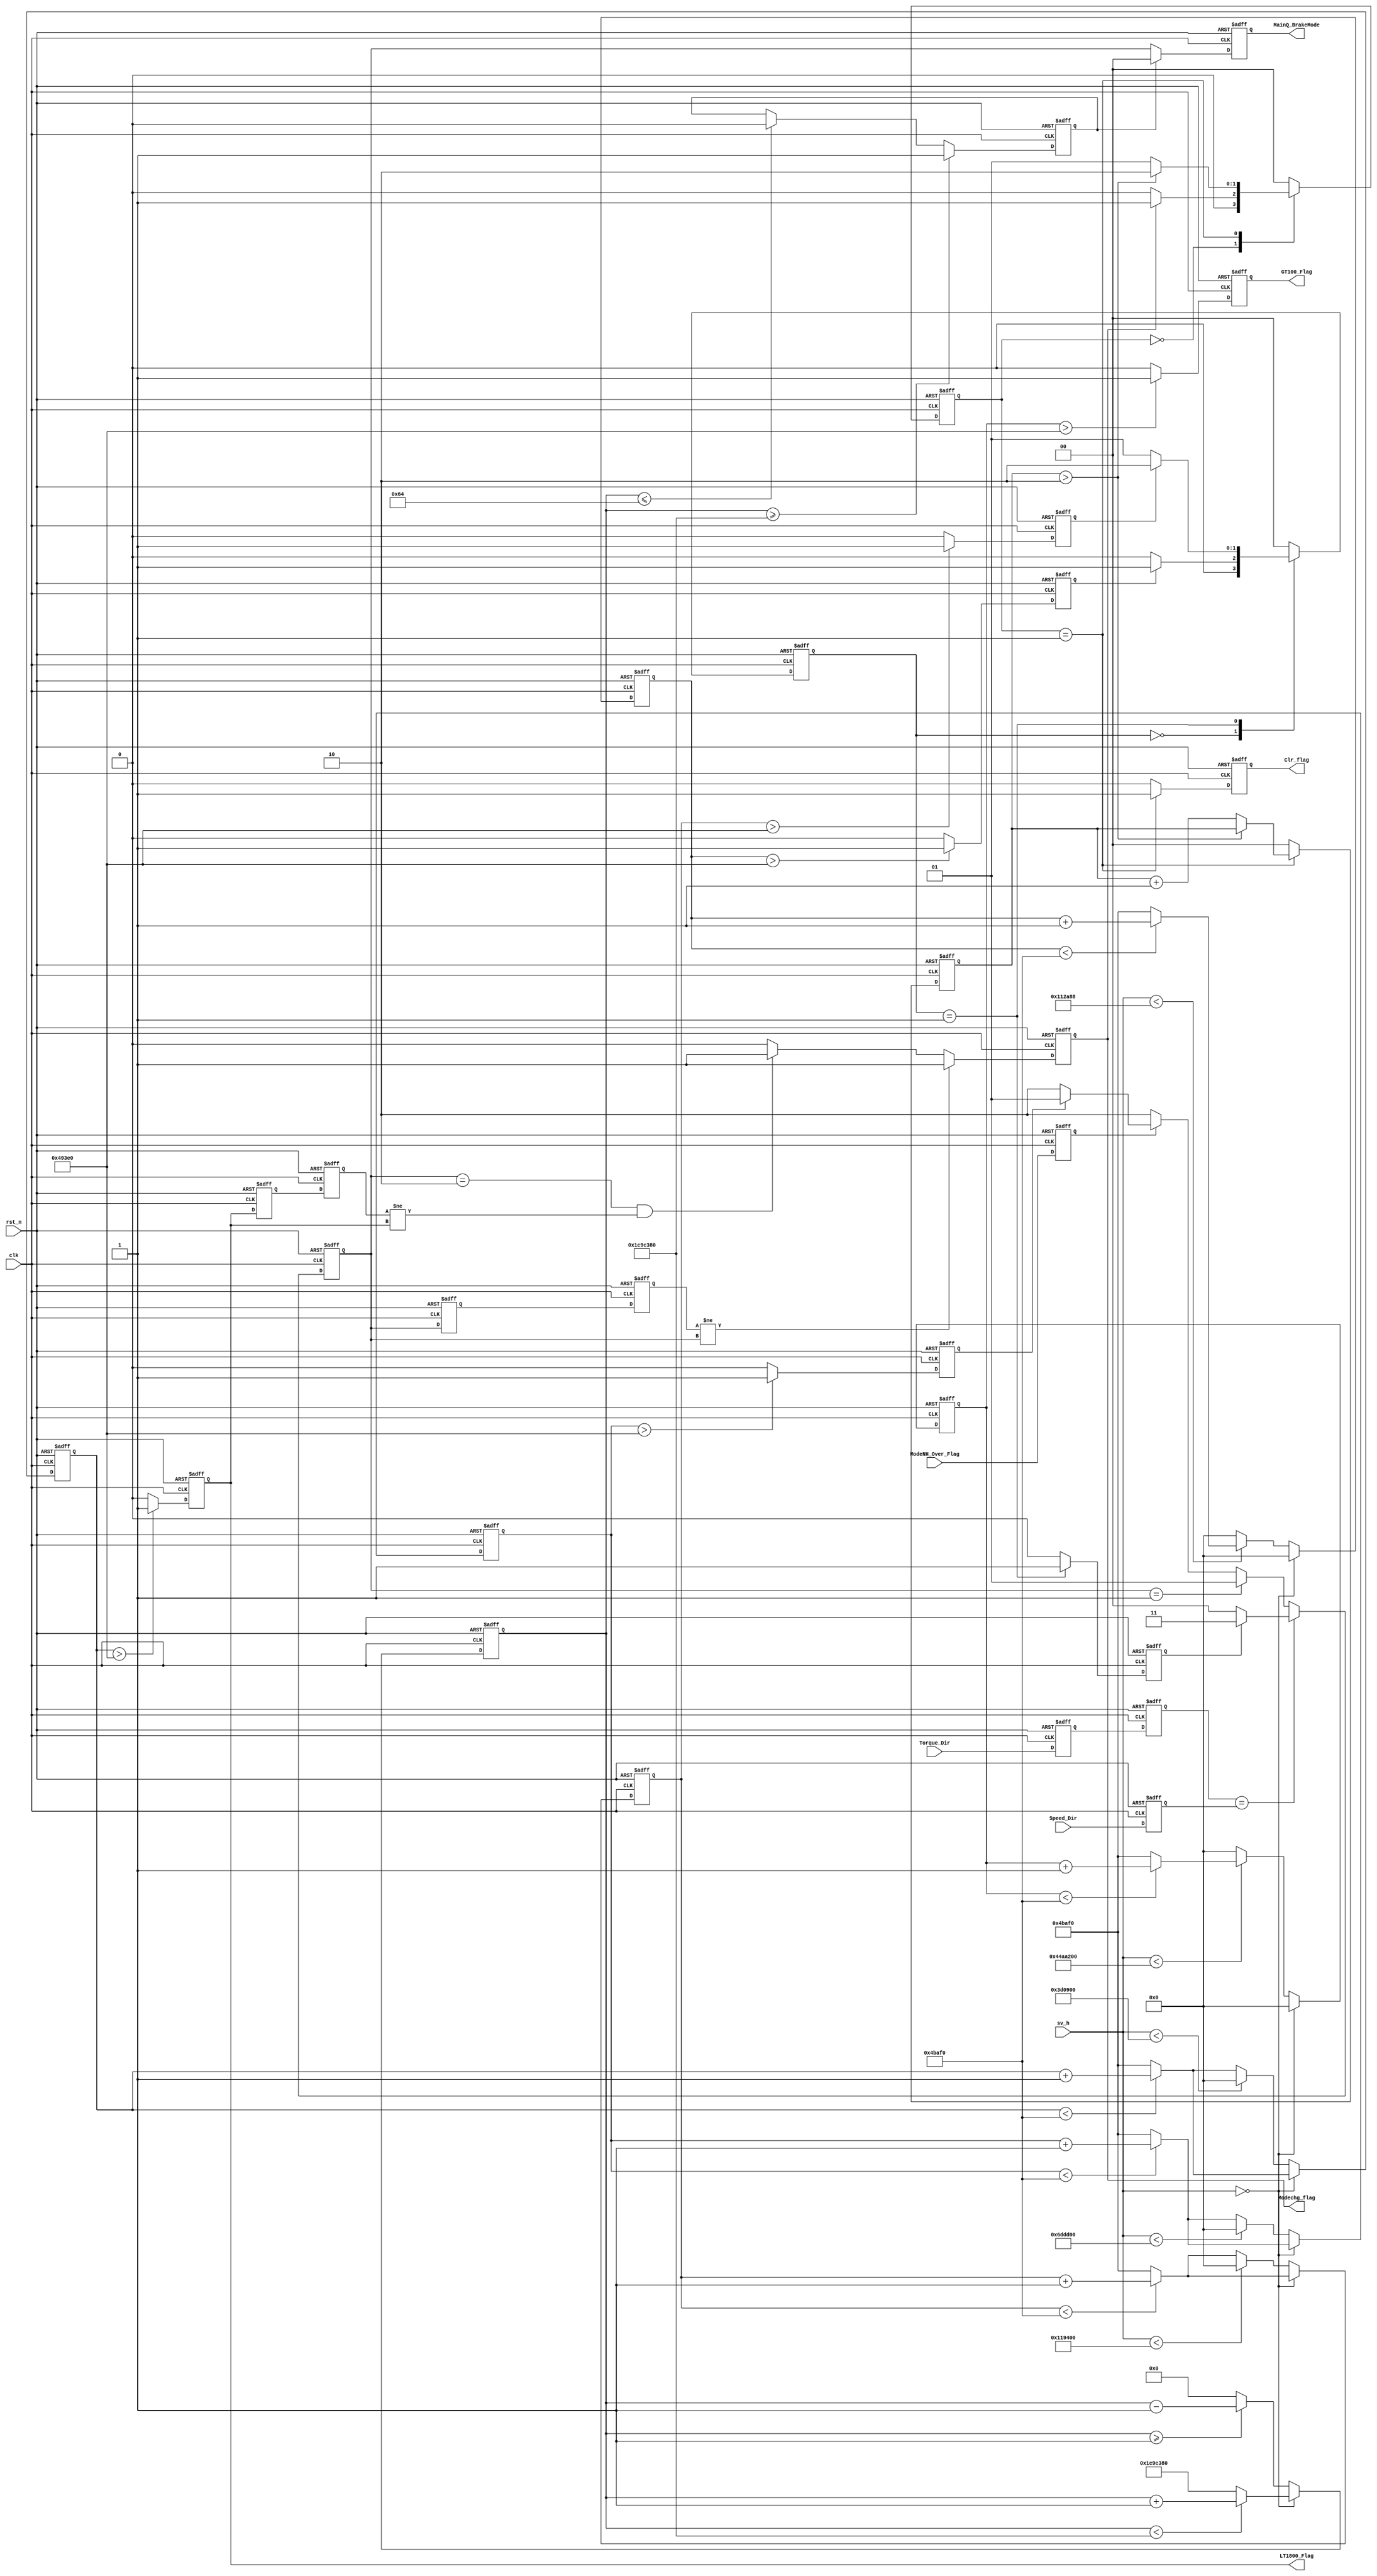
`timescale 1ns / 1ps
//////////////////////////////////////////////////////////////////////////////////
// Company: 
// Engineer: 
// 
// Design Name: 
// Module Name:    Mode_Control 
// Project Name: 
// Target Devices: 
// Tool versions: 
// Description: 
//
// Dependencies: 
//
// Revision: 
// Revision 0.01 - File Created
// Additional Comments: 
//
//////////////////////////////////////////////////////////////////////////////////
module Mode_Control(clk,rst_n,Torque_Dir,Speed_Dir,sv_h,LT1800_Flag,
    GT100_Flag,MainQ_BrakeMode,Clr_flag,Modechg_flag,ModeNH_Over_Flag);
input clk,rst_n,Torque_Dir,Speed_Dir,ModeNH_Over_Flag;
input [31:0]sv_h;
output LT1800_Flag,Clr_flag,GT100_Flag,Modechg_flag;
output reg [1:0]MainQ_BrakeMode;


//////////////////////////////////////////////////////////////////////
//////////////.............. BrakeMode..............//////////////////
//////////////////////////////////////////////////////////////////////


wire Torque_Dir;    //dsp-->this module
reg Torque_Dir_r1;
reg Torque_Dir_r2;
wire Speed_Dir;     // SM module-->this module
reg Speed_Dir_r;    // Main determination
reg ModeNH_Over_Flag_r;



always @ (posedge clk or negedge rst_n)
  if(!rst_n)
    begin
      Torque_Dir_r1  <= 1'b0;
      Torque_Dir_r2  <= 1'b0;
      Speed_Dir_r <= 1'b0;
      ModeNH_Over_Flag_r <= 1'b0;
    end
  else
    begin
      Torque_Dir_r1 <=Torque_Dir;
      Torque_Dir_r2 <=Torque_Dir_r1;
      Speed_Dir_r <=Speed_Dir;   //update SM speed dir
      ModeNH_Over_Flag_r <= ModeNH_Over_Flag;
  end

reg EQ0_Flag;
reg [27:0] EQ0_Cnt;


reg LT1800_Flag;     //Speed value is less than 1800r/s and stay more than 10ms 
reg [19:0] LT1800_Cnt;

reg LT950_Flag;     //Speed value is less than 950r/s and stay more than 10ms 
reg GT100_Flag;
    

reg [19:0] LT950_Cnt; 
reg [19:0] GT100_Cnt; 

reg LT6250_Flag;     //Speed value is less than 6250r/s and stay more than 10ms  
reg [19:0] LT6250_Cnt; 

reg GT6400_Flag;     //Speed value is greater than 6400r/s and stay more than 10ms 
reg [19:0] GT6400_Cnt; 
  
///*******for firsrt time,after 33.3ms(1000000),EQ0_Flag=1********************/// 
///*******if speed not 0, after 1s(30000000),EQ0_Flag=0********************/// 
///*******after start the motor,EQ0_Flag will normally be 0*******************/// 
always @ (posedge clk or negedge rst_n)
  if(!rst_n)
    begin
    EQ0_Cnt  <= 28'd29000000;   
    end
    else if(sv_h == 32'd0) 
    begin 
    if(EQ0_Cnt < 28'd30000000)
        EQ0_Cnt <= EQ0_Cnt + 1'b1;
    else  EQ0_Cnt <= 28'd30000000; 
  end
  else
    begin 
    if(EQ0_Cnt >= 28'd1)
        EQ0_Cnt <= EQ0_Cnt - 1'b1;
    else  EQ0_Cnt <= 28'd0; 
  end
always @ (posedge clk or negedge rst_n)
  if(!rst_n)
   begin
    EQ0_Flag  <= 1'b0;
   end
 else if(EQ0_Cnt >= 28'd30000000)
    EQ0_Flag  <= 1'b1;
 else if(EQ0_Cnt <= 28'd100)
    EQ0_Flag  <= 1'b0;  


    
//////////////////////////////////////////////////////////////////////
//////////////.......... Speed determination .........////////////////
//////////////.......... 300000=10ms .........////////////////
///////if 6pole, r*j=f*10/3 if 10pole ,r*j=f*2(j=speed_value,f=fclock) /////////
  
always @ (posedge clk or negedge rst_n)
  if(!rst_n)
  LT1800_Cnt  <= 20'b0;
  else if(sv_h == 32'd0)   
    begin
    if(LT1800_Cnt < 20'd310000)
      LT1800_Cnt <= LT1800_Cnt + 1'b1;
    else
      LT1800_Cnt <= 20'd310000;
  end 
  else if(sv_h < 32'd4000000)  ///if speed>1800, LT1800_Flag=0***6pole
  LT1800_Cnt <= 0 ;
  else
    begin
      if(LT1800_Cnt < 20'd310000)  ///if 0<speed<2200, after 10ms, LT1800_Flag=1
      LT1800_Cnt <= LT1800_Cnt + 1'b1;
    else
      LT1800_Cnt <= 20'd310000;
    end 
   
always @ (posedge clk or negedge rst_n)
  if(!rst_n)
  LT1800_Flag  <= 1'b0;
  else if(LT1800_Cnt > 20'd300000)
  LT1800_Flag <= 1'b1 ;
  else   
  LT1800_Flag <= 1'b0 ;  
   
//////////////////////////////////////////////////////////////
  
always @ (posedge clk or negedge rst_n)
  if(!rst_n)
  LT950_Cnt  <= 20'b0;
  else if(sv_h == 32'd0) 
    begin
    if(LT950_Cnt < 20'd310000)
      LT950_Cnt <= LT950_Cnt + 1'b1;
    else
      LT950_Cnt <= 20'd310000;
    end 
//  else if(sv_h < 32'd9600000)  ///if speed>750, LT950_Flag=0***6pole
  else if(sv_h < 32'd7200000)  ///if speed>1000, LT950_Flag=0***6pole
    begin
    LT950_Cnt <= 0 ;
  end
  else
    begin
      if(LT950_Cnt < 20'd310000)     ///if 0<speed<900, after 10ms, LT950_Flag=1
      LT950_Cnt <= LT950_Cnt + 1'b1;
    else
      LT950_Cnt <= 20'd310000;
    end 

     
always @ (posedge clk or negedge rst_n)
  if(!rst_n)
  LT950_Flag  <= 1'b0;
 else if(LT950_Cnt > 20'd300000 )
    LT950_Flag <= 1'b1 ;
 else    
    LT950_Flag <= 1'b0 ;  


 /**********************************************************/ 
always @ (posedge clk or negedge rst_n)
  if(!rst_n)
  GT100_Cnt  <= 20'b0;
  else if(sv_h == 32'd0) 
  GT100_Cnt <= 0; 
  else if(sv_h < 32'd72000000)   //100rpm***6pole
    begin
    if(GT100_Cnt < 20'd310000)
      GT100_Cnt <= GT100_Cnt + 1'b1 ;
    else
      GT100_Cnt <= 20'd310000 ;
  end
  else
  GT100_Cnt <= 0;
  

always @ (posedge clk or negedge rst_n)
  if(!rst_n)
  GT100_Flag  <= 1'b0;
  else if(GT100_Cnt > 20'd300000 )   //10ms
  GT100_Flag <= 1'b1 ;
  else   
  GT100_Flag <= 1'b0 ; 
   
   
/**********************************************************/   
always @ (posedge clk or negedge rst_n)
  if(!rst_n)
  LT6250_Cnt  <= 20'b0;
  else if(sv_h == 32'd0) 
    begin
    if(LT6250_Cnt < 20'd310000)
      LT6250_Cnt <= LT6250_Cnt + 1'b1;
    else
      LT6250_Cnt <= 20'd310000;
  end 
  else if(sv_h < 32'd1152000)   ///if speed>6250, LT6250_Flag=0***6pole
  LT6250_Cnt <= 0 ;
  else
    begin
      if(LT6250_Cnt < 20'd310000)    ///if 0<speed<6250, after 10ms, LT6250_Flag=1
      LT6250_Cnt <= LT6250_Cnt + 1'b1;
    else
      LT6250_Cnt <= 20'd310000;
    end 


   
always @ (posedge clk or negedge rst_n)
  if(!rst_n)
  LT6250_Flag  <= 1'b0;
  else if(LT6250_Cnt > 20'd300000)
    LT6250_Flag <= 1'b1 ;
  else   
    LT6250_Flag <= 1'b0 ;  
   
/**********************************************************/   
   
always @ (posedge clk or negedge rst_n)
  if(!rst_n)
  GT6400_Cnt  <= 20'b0;
  else if(sv_h == 32'd0) 
  GT6400_Cnt <=0 ;
  else if(sv_h < 32'd1125000)   //if speed > 6400rpm,after 10ms, GT6400_Flag = 1***6pole
  begin
    if(GT6400_Cnt < 20'd310000)    
    GT6400_Cnt <= GT6400_Cnt + 1'b1 ;
    else
      GT6400_Cnt <= 20'd310000;
  end
  else                            ///if 0<speed<6400, GT6400_Flag = 0
  GT6400_Cnt <= 0;

always @ (posedge clk or negedge rst_n)
  if(!rst_n)
    GT6400_Flag  <= 1'b0;
  else if(GT6400_Cnt > 20'd300000)
    GT6400_Flag <= 1'b1 ;
  else   
    GT6400_Flag <= 1'b0 ;
      
/************************anquan mode***********************/     
reg anquan_Flag;
reg [1:0] anquan_state;

always @ (posedge clk or negedge rst_n)
  if(!rst_n)
    begin
      anquan_Flag  <= 1'b0;
    anquan_state <=2'b00;
    end
  else
    case(anquan_state)
    2'b00:
      begin
      anquan_Flag  <= 1'b0;
      if(GT6400_Flag)
        anquan_state <=2'b01;
      else
         anquan_state <=2'b00;  
    end
    2'b01:
      begin
    anquan_Flag  <= 1'b1;
      if(LT6250_Flag)
        anquan_state <=2'b10;
      else
          anquan_state <=2'b01; 
    end
    2'b10:    
      begin
    anquan_Flag  <= 1'b0;
    anquan_state <=2'b00;
    end
   
  default: 
      begin
    anquan_Flag  <= 1'b0;
    anquan_state <=2'b00;
    end
    endcase
/**********************************************************/  
reg [1:0] BrakeMode;

always @ (posedge clk or negedge rst_n)
  if(!rst_n)
    BrakeMode <= 2'b00;
  else 
    begin
      if(Torque_Dir_r2 == Speed_Dir_r)
        begin
          if(anquan_Flag==0)
            BrakeMode <= 2'b00;   //qudong
          else 
            BrakeMode <= 2'b11;   //anquan
        end
      else begin
        if(BrakeMode == 2'b01)    //once fanjie,always fanjie
          BrakeMode <= 2'b01;   //fanjie
        else 
          begin
            if(ModeNH_Over_Flag_r == 1'b0)
              BrakeMode <= 2'b10;   //nenghao
            else if(LT950_Flag == 1'b1)
              BrakeMode <= 2'b01;   //fanjie
            else 
              BrakeMode <= 2'b10;   //nenghao
          end
      end
    end



/********************************************************************/

reg [1:0] BrakeMode_r1,BrakeMode_r2;
reg LT1800_Flag_r1,LT1800_Flag_r2;
reg Modechg_flag;
reg [1:0] Clrpulse_state;
reg Clr_flag;
reg [1:0] Clrpulse_cnt;

parameter CP_IDLE = 2'b00, CP_A = 2'b01, CP_B = 2'b10;

always @ (posedge clk or negedge rst_n)
  if(!rst_n)
    begin
    BrakeMode_r1 <=2'b0;
    BrakeMode_r2 <=2'b0;
    LT1800_Flag_r1 <=1'b0;
    LT1800_Flag_r2 <=1'b0;
  end
  else
    begin 
      BrakeMode_r1 <= BrakeMode;
    BrakeMode_r2 <= BrakeMode_r1;
    LT1800_Flag_r1 <= LT1800_Flag;
    LT1800_Flag_r2 <= LT1800_Flag_r1;
  end 
  
always @ (posedge clk or negedge rst_n)
  if(!rst_n)
    begin
    MainQ_BrakeMode <= 2'b11;
  end
  else 
    begin
      if(EQ0_Flag == 1'b1)
        MainQ_BrakeMode <= 2'b00;
      else 
        MainQ_BrakeMode <= BrakeMode;
    end

//////////////////////////////////////////////////
//////////////////////////////////////////////////


always @ (posedge clk or negedge rst_n)
  if(!rst_n)
    begin
    Modechg_flag <=1'b0;
  end
  else 
    begin  
      if(BrakeMode_r2 != BrakeMode)
        Modechg_flag <=1'b1;
      else if((BrakeMode ==2'b10)&&(LT1800_Flag_r2 != LT1800_Flag))
        Modechg_flag <=1'b1;
      else 
        Modechg_flag <=1'b0;
    end  

always @ (posedge clk or negedge rst_n)
  if(!rst_n)
    begin
      Clr_flag <=0;
      Clrpulse_state <= CP_IDLE;
      Clrpulse_cnt <= 2'b0;
    end
  else 
  case(Clrpulse_state)
    CP_IDLE:
      begin
        Clr_flag <=0;
      Clrpulse_cnt <= 2'b0;
      if(Modechg_flag)
        Clrpulse_state <= CP_A;
      else
          Clrpulse_state <= CP_IDLE;
      end
  
    CP_A: 
      begin  
      Clr_flag <= 1; 
      if(Clrpulse_cnt > 2'b10) 
        Clrpulse_state <= CP_B;
      else
        begin
          Clrpulse_state <= CP_A; 
          Clrpulse_cnt <= Clrpulse_cnt + 1'b1;
        end  
      end
    
    CP_B: 
      begin
        Clr_flag <= 0;  
        Clrpulse_cnt <= 2'b0;
        Clrpulse_state <= CP_IDLE; 
      end    

    default:
      begin
        Clr_flag <= 0;  
        Clrpulse_cnt <= 2'b0;
        Clrpulse_state <= CP_IDLE; 
      end      
  endcase   


endmodule